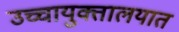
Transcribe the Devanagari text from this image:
उच्चायुक्तालयात